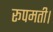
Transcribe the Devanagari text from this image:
रूपमती।